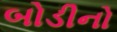
બોડીનો